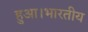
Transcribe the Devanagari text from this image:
हुआ।भारतीय